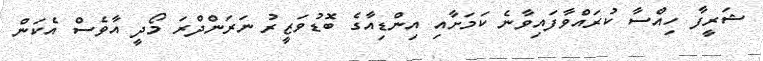
ޝަރީފާ ހިއްސާ ކުރައްވާފައިވާނެ ކަމަށާއި އިންޑިއާގެ ބޮޑުވަޒީރު ނަރަންދްރަ މޯދީ އާވެސް އެކަން